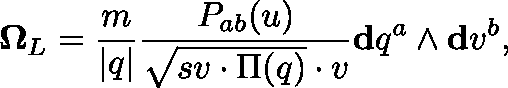
\mathbf { \Omega } _ { L } = \frac { m } { \vert q \vert } \frac { P _ { a b } ( u ) } { \sqrt { s v \cdot \Pi ( q ) } \cdot v } \mathbf { d } q ^ { a } \wedge \mathbf { d } v ^ { b } ,